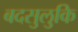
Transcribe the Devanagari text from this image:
बदसुलुकि